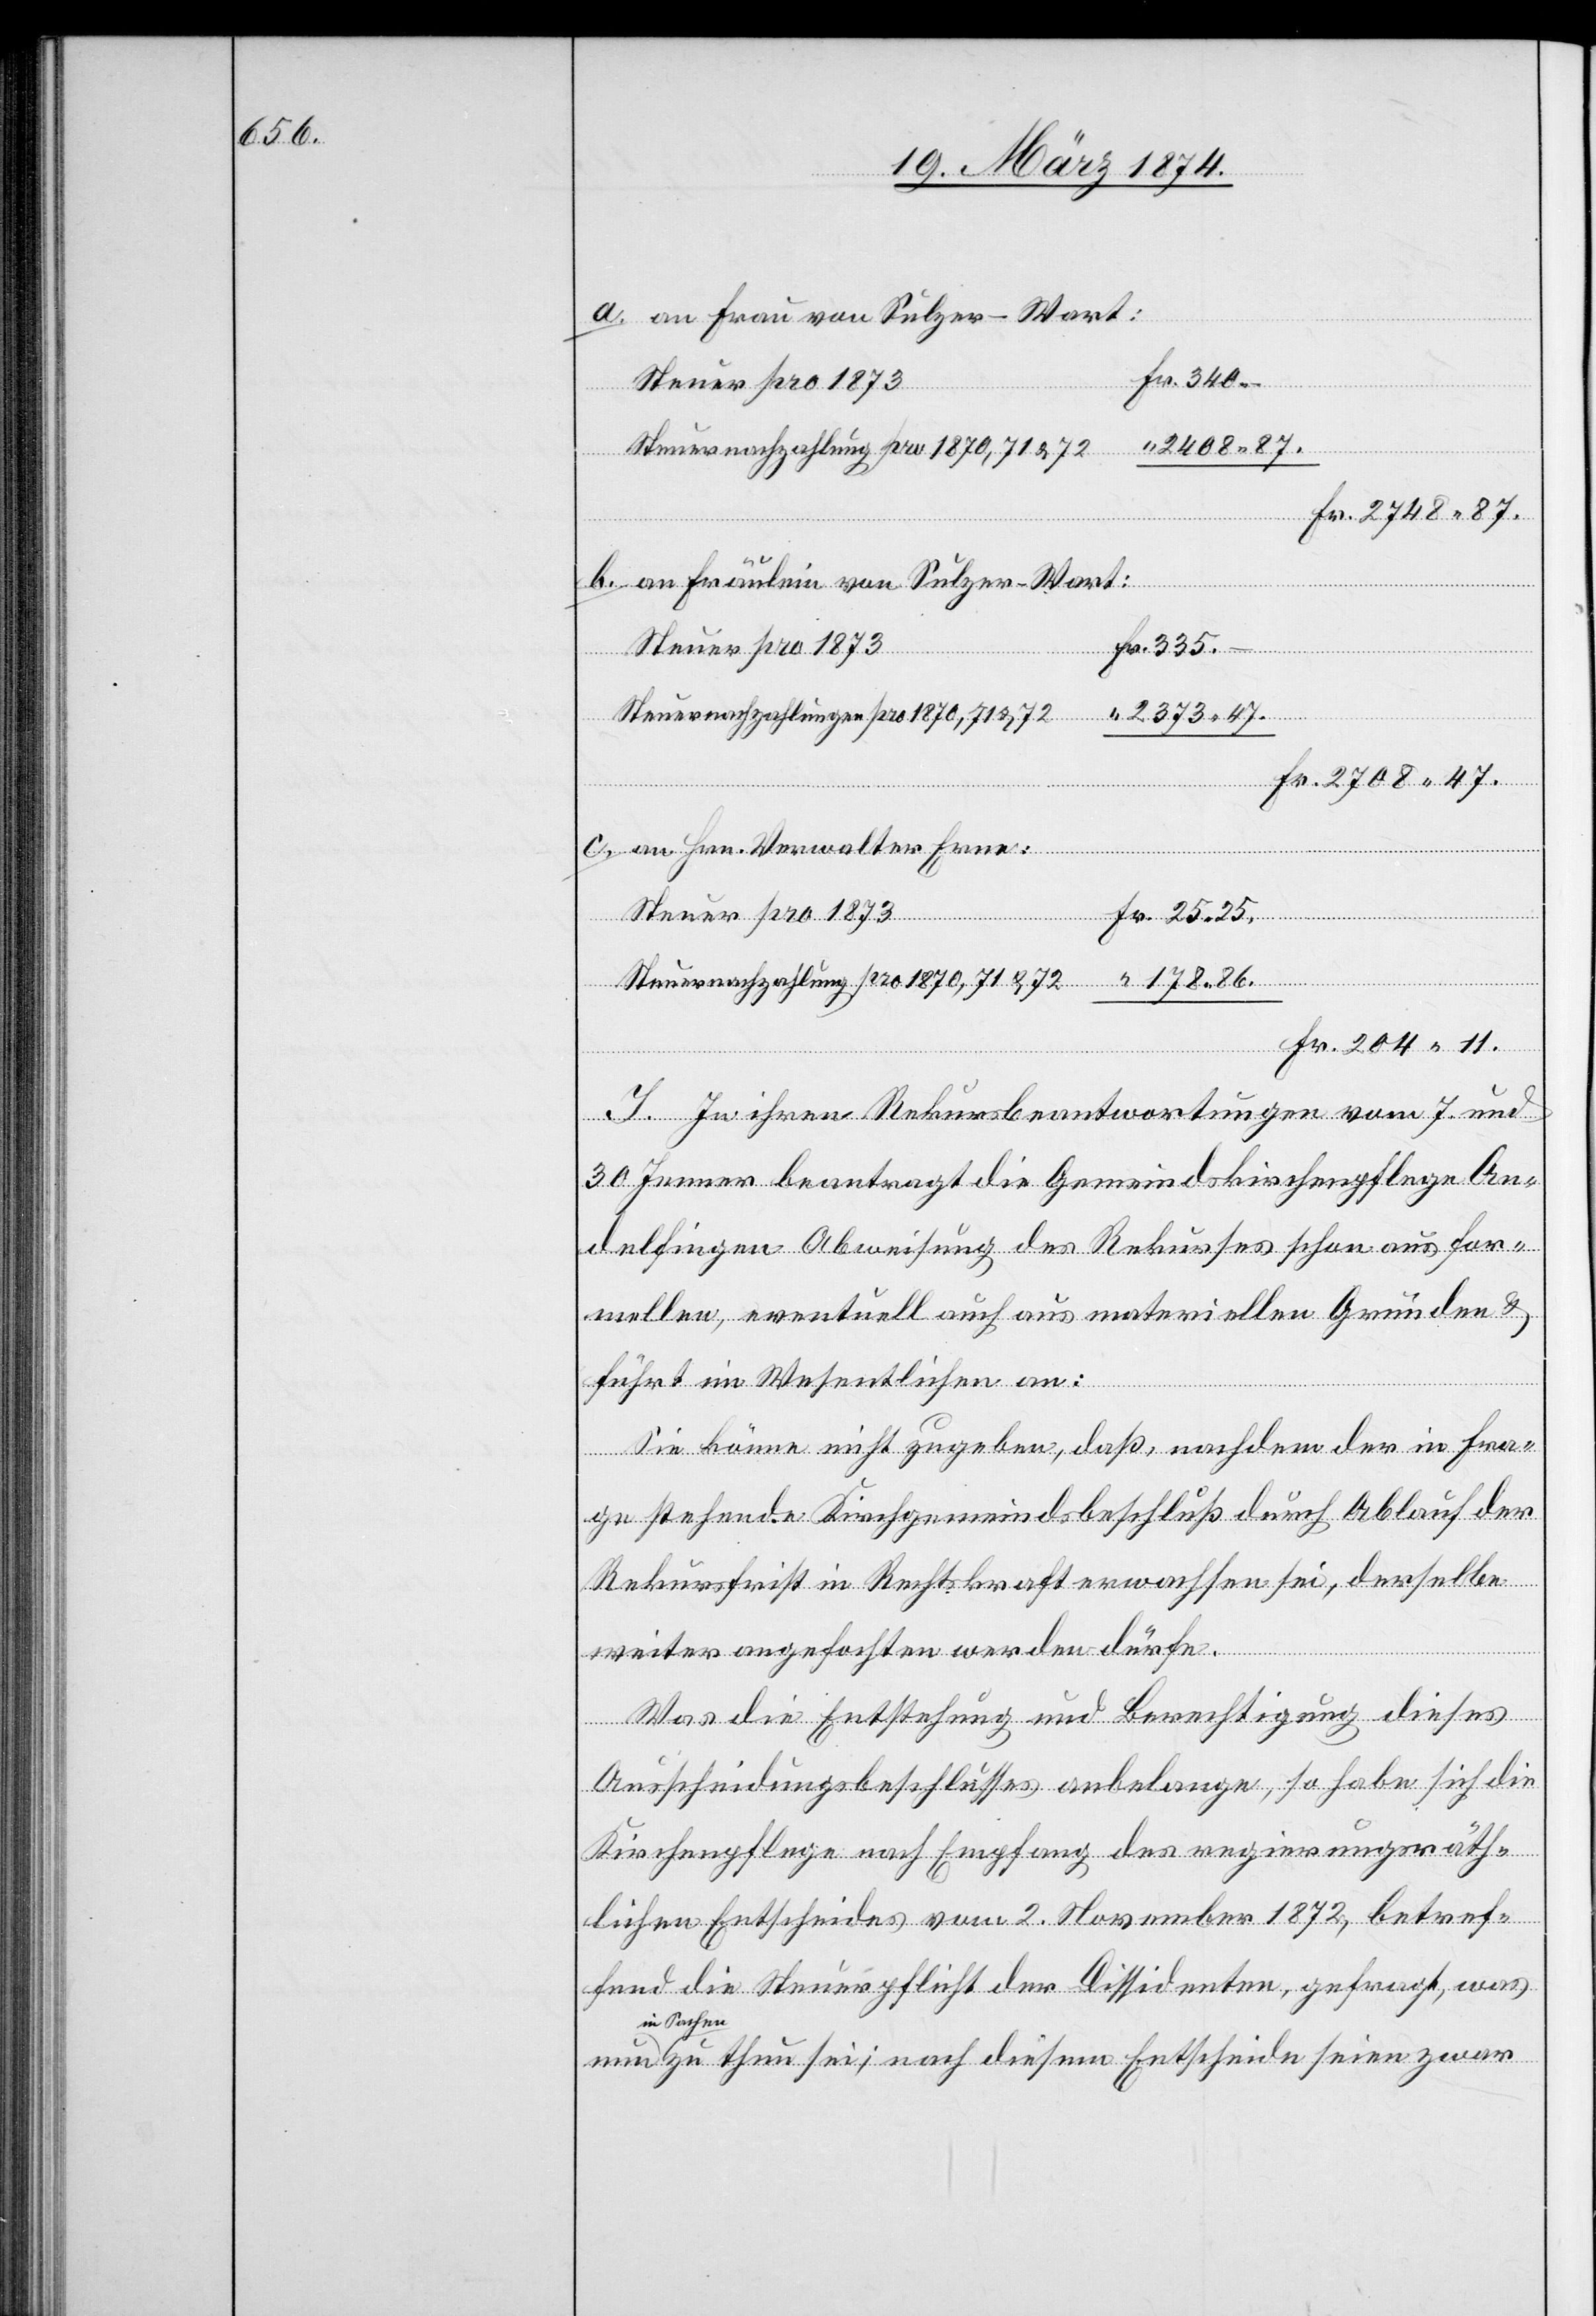
178.86.

an Frau von Sulzer-Wart:
Fr. 340.–
“ 2408.87.
Steuernachzahlung pro 1870,71 u. 72
Fr. 2748.87.
an Fräulein von Sulzer-Wart:
nun
a.
Fr. 25.25.
Steuer pro 1873
Steuernachzahlungen pro 1870, 71 u. 72
“ 2373.47.
Fr. 2708.47.
an Hrn. Verwalter Erne:
Fr. 204.11.
I. In ihren Rekursbeantwortungen vom 7. und
30. Jenner beantragt die Gemeindskirchenpflege An¬
delfingen Abweisung des Rekurses schon aus for¬
mellen, eventuell auch aus materiellen Gründen u.
führt im Wesentlichen an:
Sie könne nicht zugeben, daß, nachdem der in Fra¬
ge stehende Kirchgemeindsbeschluß durch Ablauf der
Rekursfrist in Rechtskraft erwachsen sei, derselbe
weiter angefochten werden dürfe.
Was die Entstehung und Berechtigung dieses
Ausscheidungsbeschlusses anbelange, so habe sich die
Kirchenpflege nach Empfang des regierungsräth¬
lichen Entscheides vom 2. November 1872, betref¬
fend die Steuerpflicht der Dissidenten, gefragt, was
in Sache¬
n zu thun sei; nach diesem Entscheide seien zwar